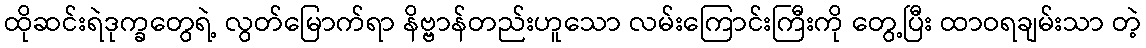
ထိုဆင်းရဲဒုက္ခတွေရဲ့ လွတ်မြောက်ရာ နိဗ္ဗာန်တည်းဟူသော လမ်းကြောင်းကြီးကို တွေ့ပြီး ထာဝရချမ်းသာ တဲ့